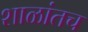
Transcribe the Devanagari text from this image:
शाळांतच